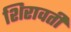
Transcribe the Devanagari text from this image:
शिरावती